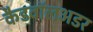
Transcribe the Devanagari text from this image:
कैडवॉलअडर